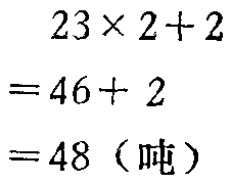
\[
\begin{align*}
&23\times2 + 2\\
=&46+ 2\\
=&48（吨）
\end{align*}
\]